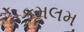
કમલમ